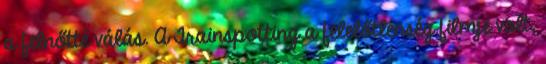
a felnőtté válás. A Trainspotting a felelőtlenség filmje volt,